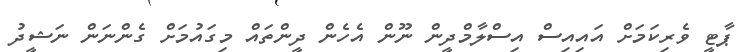
ޕާޓީ ވެރިކަމަށް އައިއިސް އިސްލާމްދީން ނޫން އެހެން ދީންތައް މިގައުމަށް ގެންނަން ނަޝީދު